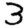
Digit: 3